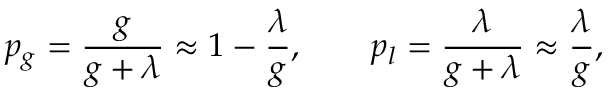
p _ { g } = \frac { g } { g + \lambda } \approx 1 - \frac { \lambda } { g } , \qquad p _ { l } = \frac { \lambda } { g + \lambda } \approx \frac { \lambda } { g } ,